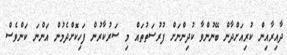
ދާއިރާއިން ކުރިއަށްދާން ބޭނުންވާ ކުދިންނަށް ފުރުސަތުތައް މި ސަރުކާރުން ފަހިކޮށްދެމުން އަންނަ ކަންވެސް